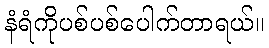
နံရံကိုပစ်ပစ်ပေါက်တာရယ်။